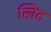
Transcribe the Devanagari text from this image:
खिंद